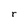
Character: r